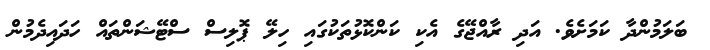
ބަލަމުންދާ ކަމަށެވެ. އަދި ރާއްޖޭގެ އެކި ކަންކޮޅުތަކުގައި ހިލޭ ޕޮލިސް ސްޓޭޝަންތައް ހަދައިދެމުން